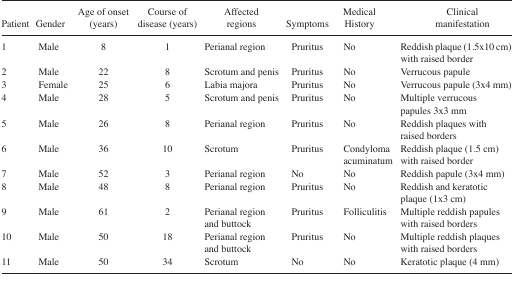
<table><thead><tr><td><b>Patient</b></td><td><b>Gender</b></td><td><b>Age of onset (years)</b></td><td><b>Course of disease (years)</b></td><td><b>Affected regions</b></td><td><b>Symptoms</b></td><td><b>Medical History</b></td><td><b>Clinical manifestation</b></td></tr></thead><tbody><tr><td>1</td><td>Male</td><td>8</td><td>1</td><td>Perianal region</td><td>Pruritus</td><td>No</td><td>Reddish plaque (1.5×10 cm) with raised border</td></tr><tr><td>2</td><td>Male</td><td>22</td><td>8</td><td>Scrotum and penis</td><td>Pruritus</td><td>No</td><td>Verrucous papule</td></tr><tr><td>3</td><td>Female</td><td>25</td><td>6</td><td>Labia majora</td><td>Pruritus</td><td>No</td><td>Verrucous papule (3×4 mm)</td></tr><tr><td>4</td><td>Male</td><td>28</td><td>5</td><td>Scrotum and penis</td><td>Pruritus</td><td>No</td><td>Multiple verrucous papules 3×3 mm</td></tr><tr><td>5</td><td>Male</td><td>26</td><td>8</td><td>Perianal region</td><td>Pruritus</td><td>No</td><td>Reddish plaques with raised borders</td></tr><tr><td>6</td><td>Male</td><td>36</td><td>10</td><td>Scrotum</td><td>Pruritus</td><td>Condyloma acuminatum</td><td>Reddish plaque (1.5 cm) with raised border</td></tr><tr><td>7</td><td>Male</td><td>52</td><td>3</td><td>Perianal region</td><td>No</td><td>No</td><td>Reddish papule (3×4 mm)</td></tr><tr><td>8</td><td>Male</td><td>48</td><td>8</td><td>Perianal region</td><td>Pruritus</td><td>No</td><td>Reddish and keratotic plaque (1×3 cm)</td></tr><tr><td>9</td><td>Male</td><td>61</td><td>2</td><td>Perianal region and buttock</td><td>Pruritus</td><td>Folliculitis</td><td>Multiple reddish papules with raised borders</td></tr><tr><td>10</td><td>Male</td><td>50</td><td>18</td><td>Perianal region and buttock</td><td>Pruritus</td><td>No</td><td>Multiple reddish plaques with raised borders</td></tr><tr><td>11</td><td>Male</td><td>50</td><td>34</td><td>Scrotum</td><td>No</td><td>No</td><td>Keratotic plaque (4 mm)</td></tr></tbody></table>